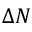
\Delta N